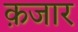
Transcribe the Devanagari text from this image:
क़जार